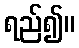
ရည်၍။